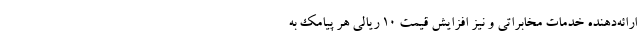
ارائه‌دهنده خدمات مخابراتی و نیز افزایش قیمت ۱۰ ریالی هر پیامک به